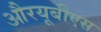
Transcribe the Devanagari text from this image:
औरयूबीएस